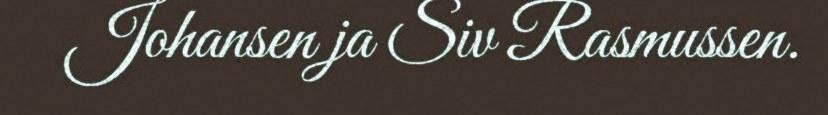
Johansen ja Siv Rasmussen.